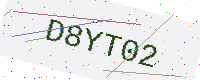
Text: D8YT02